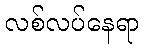
လစ်လပ်နေရာ